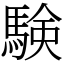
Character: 験